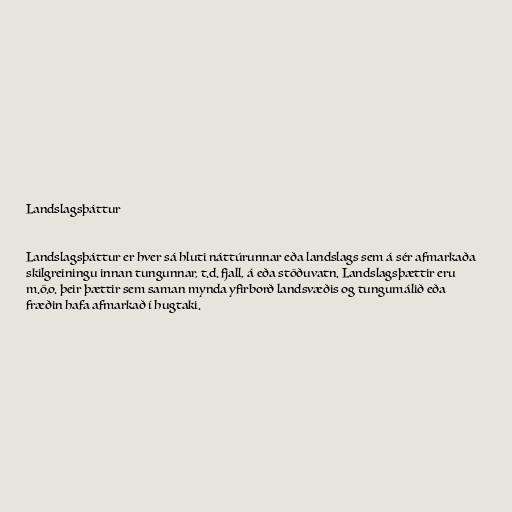
Landslagsþáttur

Landslagsþáttur er hver sá hluti náttúrunnar eða landslags sem á sér afmarkaða
skilgreiningu innan tungunnar, t.d. fjall, á eða stöðuvatn. Landslagsþættir eru
m.ö.o. þeir þættir sem saman mynda yfirborð landsvæðis og tungumálið eða
fræðin hafa afmarkað í hugtaki.